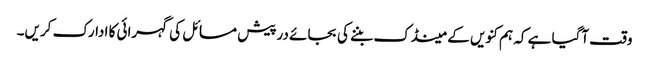
وقت آگیا ہے کہ ہم کنویں کے مینڈک بننے کی بجائے درپیش مسائل کی گہرائی کا ادارک کریں۔